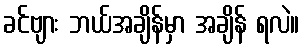
ခင်ဗျား ဘယ်အချိန်မှာ အချိန် ရလဲ။